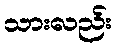
သားလည်း